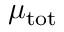
\mu _ { \mathrm { t o t } }